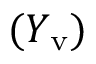
( Y _ { \mathrm { v } } )